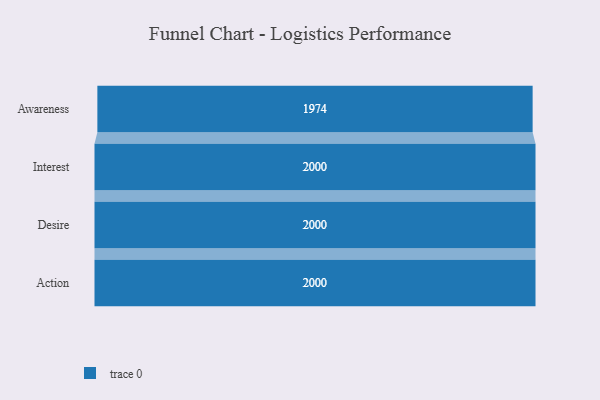
{"axis": {"x": "Stage", "y": "Value"}, "legend": [""], "data": [{"x": "Awareness", "y": 1974.0, "type": ""}, {"x": "Interest", "y": 2000, "type": ""}, {"x": "Desire", "y": 2000, "type": ""}, {"x": "Action", "y": 2000, "type": ""}]}